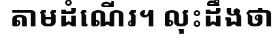
តាមដំណើរ។ លុះដឹងថា